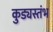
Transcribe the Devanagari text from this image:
कुड्यस्तंभ